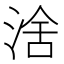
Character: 涻